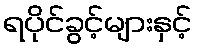
ရပိုင်ခွင့်များနှင့်